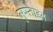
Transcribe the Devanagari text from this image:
मुस्ताइन